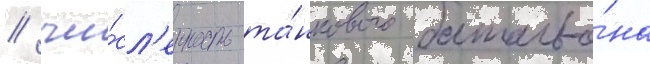
/ чи́сл'енность та́нкового батальо́на